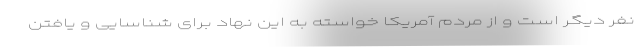
نفر دیگر است و از مردم آمریکا خواسته به این نهاد برای شناسایی و یافتن